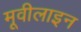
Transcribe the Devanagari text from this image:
मूवीलाइन